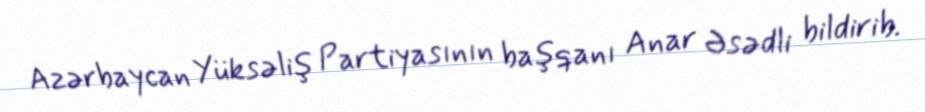
Azərbaycan Yüksəliş Partiyasının başqanı Anar Əsədli bildirib.